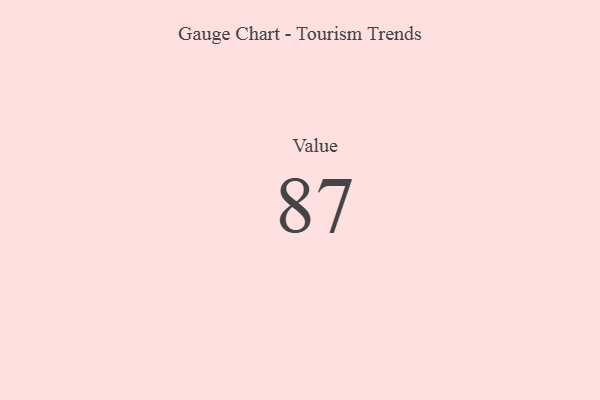
{"axis": {"x": "Metric", "y": "Value"}, "legend": [""], "data": [{"x": "Value", "y": 87, "type": ""}]}